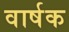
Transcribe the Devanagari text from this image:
वार्षक